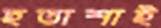
হতাশাই